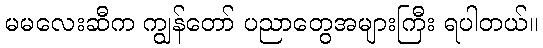
မမလေးဆီက ကျွန်တော် ပညာတွေအများကြီး ရပါတယ်။